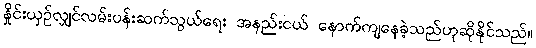
နှိုင်းယှဉ်လျှင်လမ်းပန်းဆက်သွယ်ရေး အနည်းငယ် နောက်ကျနေခဲ့သည်ဟုဆိုနိုင်သည်။